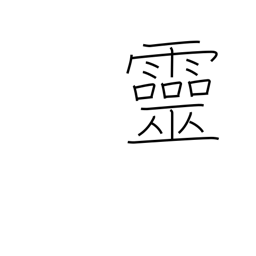
Meaning: spirit